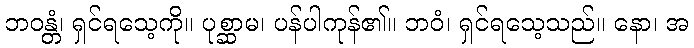
ဘဝန္တံ၊ ရှင်ရသေ့ကို။ ပုစ္ဆာမ၊ ပန်ပါကုန်၏။ ဘဝံ၊ ရှင်ရသေ့သည်။ နော၊ အ